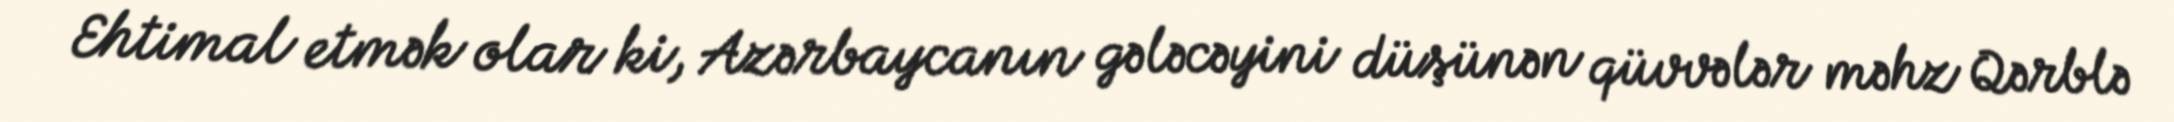
Ehtimal etmək olar ki, Azərbaycanın gələcəyini düşünən qüvvələr məhz Qərblə